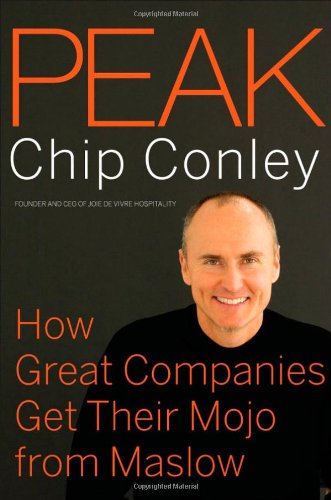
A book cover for Peak: How Great Companies Get Their Mojo from Maslow; Chip Conley; Medical Books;